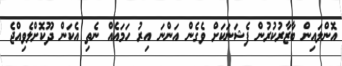
އޮންލައިން ބާޒާރުކުރުން ފެޝަނަކަށް ވެގެން އަންނަ އިރު ހަމައެއް ނެތި އެކަން ދޫކޮށްލެވިއްޖެ